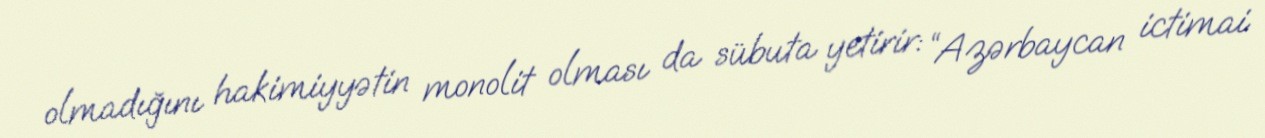
olmadığını hakimiyyətin monolit olması da sübuta yetirir: “Azərbaycan ictimai